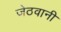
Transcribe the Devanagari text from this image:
जेठवानी